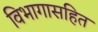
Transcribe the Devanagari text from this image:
विभागासहित